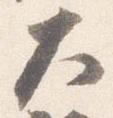
大